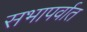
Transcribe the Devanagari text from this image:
सभापर्वात